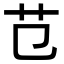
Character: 𦫾